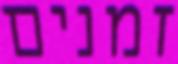
זמנים